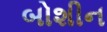
બોશીન